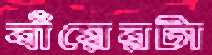
বাঁয়েরটা